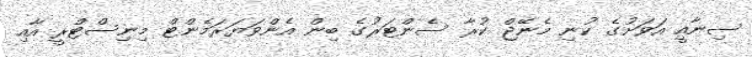
ސިނާއީ އަވަށުގެ ކުނި މެނޭޖް ކުރާ ސެންޓަރުގެ ބިން އެންވަޔަރަމެންޓް މިނިސްޓްރީ އާއި